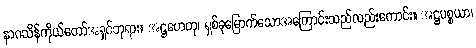
နာဂသိန်ကိုယ်တော်အရှင်ဘုရား။ အဋ္ဌဟေတု၊ ရှစ်ခုမြောက်သောအကြောင်းသည်လည်းကောင်း။ အဋ္ဌပစ္စယာ၊